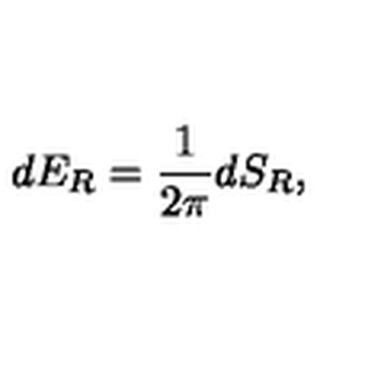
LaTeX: d E _ { R } = { \frac { 1 } { 2 \pi } } d S _ { R } ,